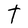
Character: T